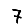
Digit: 7